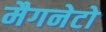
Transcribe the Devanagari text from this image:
मैगनेटो